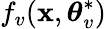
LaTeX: f_{v}(\mathbf{x},\boldsymbol{\theta}_{v}^{*})